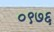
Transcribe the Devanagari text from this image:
०९७६